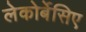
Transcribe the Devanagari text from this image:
लेकोर्बेसिए